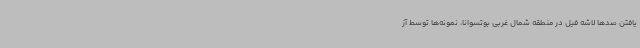
یافتن صدها لاشه فیل در منطقه شمال غربی بوتسوانا، نمونه‌ها توسط آز